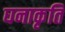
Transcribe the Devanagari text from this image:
घनाकृति